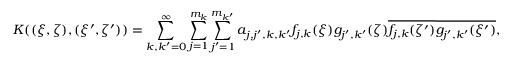
K ( ( \xi , \zeta ) , ( \xi ^ { \prime } , \zeta ^ { \prime } ) ) = \sum _ { k , k ^ { \prime } = 0 } ^ { \infty } \sum _ { j = 1 } ^ { m _ { k } } \sum _ { j ^ { \prime } = 1 } ^ { m _ { k ^ { \prime } } } a _ { j , j ^ { \prime } , k , k ^ { \prime } } f _ { j , k } ( \xi ) g _ { j ^ { \prime } , k ^ { \prime } } ( \zeta ) \overline { { f _ { j , k } ( \zeta ^ { \prime } ) } } \overline { { g _ { j ^ { \prime } , k ^ { \prime } } ( \xi ^ { \prime } ) } } ,